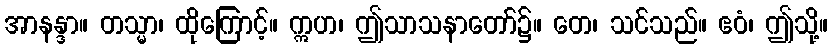
အာနန္ဒာ။ တသ္မာ၊ ထိုကြောင့်။ ဣဟ၊ ဤသာသနာတော်၌။ တေ၊ သင်သည်။ ဧဝံ၊ ဤသို့။